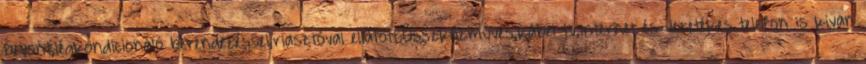
bevont,légkondicionáló berendezéssel,riasztóval ellátott.Összközműves,kábel tv,internet és vezetékes telefon is kivan